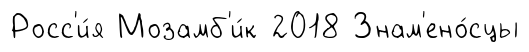
Росс'и́я Мозамб'и́к 2018 Знам'ено́сцы